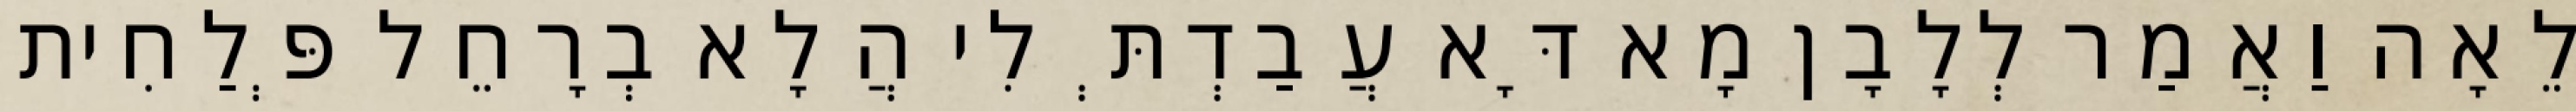
לֵאָה וַאֲמַר לְלָבָן מָא דָּא עֲבַדְתְּ לִי הֲלָא בְרָחֵל פְּלַחִית